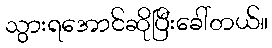
သွားရအောင်ဆိုပြီးခေါ်တယ်။